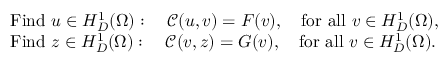
\begin{array} { r l } & { \mathrm { F i n d ~ } u \in H _ { D } ^ { 1 } ( \Omega ) : \quad \mathcal { C } ( u , v ) = F ( v ) , \quad \mathrm { f o r ~ a l l ~ } v \in H _ { D } ^ { 1 } ( \Omega ) , } \\ & { \mathrm { F i n d ~ } z \in H _ { D } ^ { 1 } ( \Omega ) : \quad \mathcal { C } ( v , z ) = G ( v ) , \quad \mathrm { f o r ~ a l l ~ } v \in H _ { D } ^ { 1 } ( \Omega ) . } \end{array}